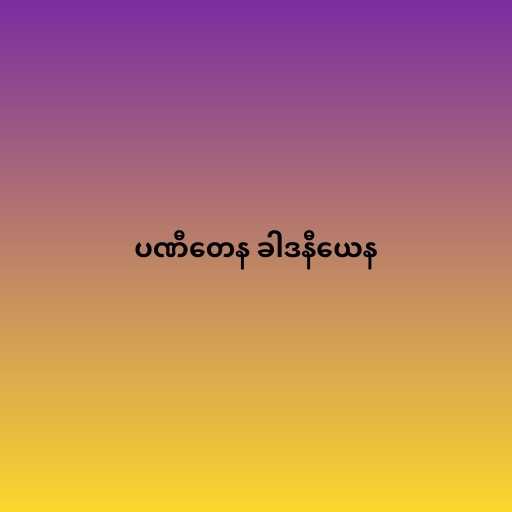
ပဏီတေန ခါဒနီယေန